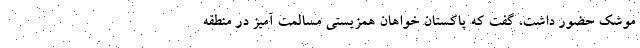
موشک حضور داشت، گفت که پاکستان خواهان همزیستی مسالمت آمیز در منطقه